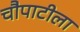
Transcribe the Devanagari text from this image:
चौपाटीला